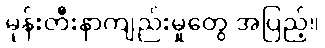
မုန်းတီးနာကျည်းမှုတွေ အပြည့်။